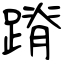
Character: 蹐